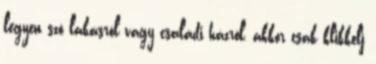
legyen szó lakásról vagy családi házról, akkor csak klikkelj